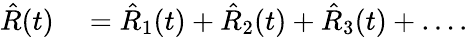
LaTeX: \begin{array}{rl}{\hat{R}(t)}&{{}=\hat{R}_{1}(t)+\hat{R}_{2}(t)+\hat{R}_{3}(t)+\dots.}\end{array}